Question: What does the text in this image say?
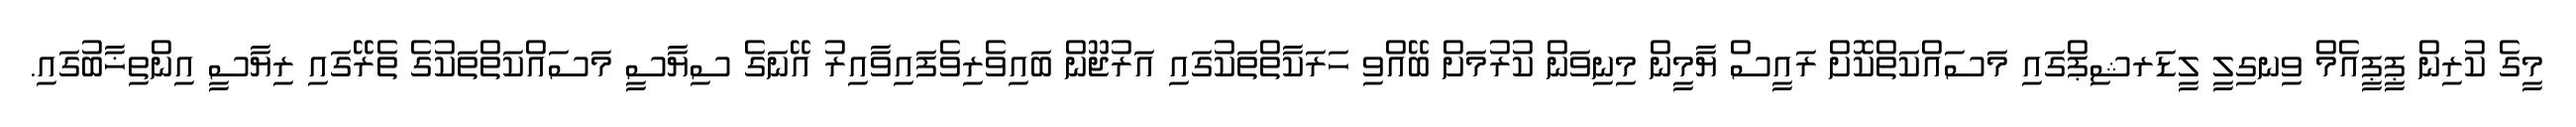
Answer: މީގެ ކުރިން ޕީޕީއެމް ވިނގިލީ ލީޑަރޝިޕްގައި މަސައްކަތްކޮށް ރައީސް ޔާމީން މިނިވަން ކުރުމަށް ބޭއްވި ހަރަކާތްތަކުގައި އަރުޖޫން ބައިވެރިވެފައިވާއިރު އޭނަގެ ސިޔާސީ މަސައްކަތްތަކުގެ ތެރޭގައި ރިޔާސީ އިންތިޚާބުގައި.